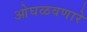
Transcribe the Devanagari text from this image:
ओघळवणारे